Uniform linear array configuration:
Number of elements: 48
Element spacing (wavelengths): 1
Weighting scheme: blackman
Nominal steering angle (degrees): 30
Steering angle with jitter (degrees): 28.702
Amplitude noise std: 0.05
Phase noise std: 0.05

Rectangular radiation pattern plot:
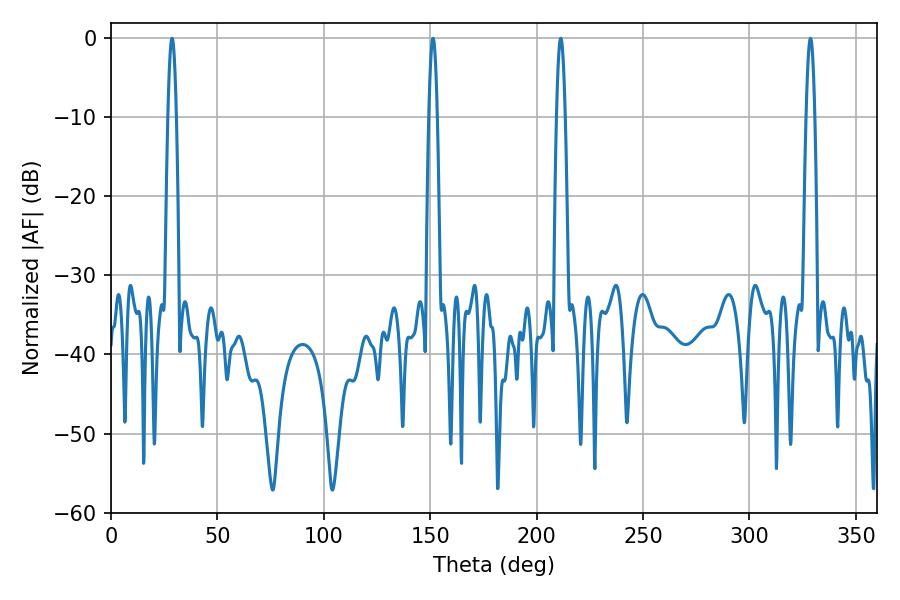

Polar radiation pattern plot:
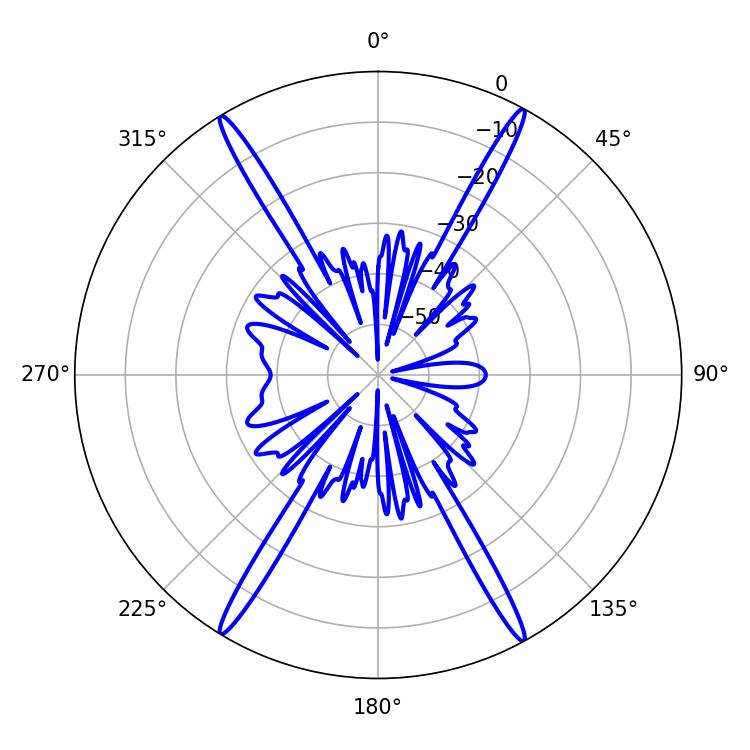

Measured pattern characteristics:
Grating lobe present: TRUE
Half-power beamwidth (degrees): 2.16
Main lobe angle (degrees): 211.32